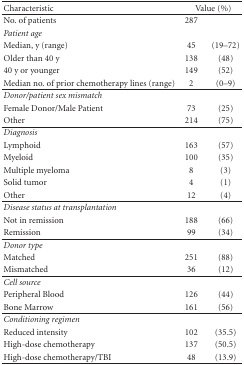
| Characteristic | <COLSPAN=2> Value (%) |
 | --- | --- | --- |
 | No. of patients | 287 |  |
 | Patient age |  |  |
 | Median, y (range) | 45 | (19–72) |
 | Older than 40 y | 138 | (48) |
 | 40 y or younger | 149 | (52) |
 | Median no. of prior chemotherapy lines (range) | 2 | (0–9) |
 | Donor/patient sex mismatch |  |  |
 | Female Donor/Male Patient | 73 | (25) |
 | Other | 214 | (75) |
 | Diagnosis |  |  |
 | Lymphoid | 163 | (57) |
 | Myeloid | 100 | (35) |
 | Multiple myeloma | 8 | (3) |
 | Solid tumor | 4 | (1) |
 | Other | 12 | (4) |
 | Disease status at transplantation |  |  |
 | Not in remission | 188 | (66) |
 | Remission | 99 | (34) |
 | Donor type |  |  |
 | Matched | 251 | (88) |
 | Mismatched | 36 | (12) |
 | Cell source |  |  |
 | Peripheral Blood | 126 | (44) |
 | Bone Marrow | 161 | (56) |
 | Conditioning regimen |  |  |
 | Reduced intensity | 102 | (35.5) |
 | High-dose chemotherapy | 137 | (50.5) |
 | High-dose chemotherapy/TBI | 48 | (13.9) |